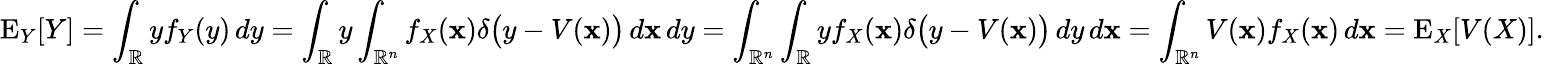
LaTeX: \operatorname{E}_{Y}[Y]=\int_{\mathbb{R}}yf_{Y}(y)\, dy=\int_{\mathbb{R}}y\int_{\mathbb{R}^{n}}f_{X}(\mathbf{x})\delta{\big(}y-V(\mathbf{x}){\big)}\, d\mathbf{x}\, dy=\int_{{\mathbb{R}}^{n}}\int_{\mathbb{R}}yf_{X}(\mathbf{x})\delta{\big(}y-V(\mathbf{x}){\big)}\, dy\, d\mathbf{x}=\int_{\mathbb{R}^{n}}V(\mathbf{x})f_{X}(\mathbf{x})\, d\mathbf{x}=\operatorname{E}_{X}[V(X)].